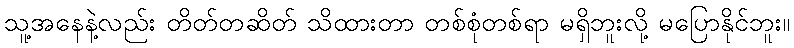
သူ့အနေနဲ့လည်း တိတ်တဆိတ် သိထားတာ တစ်စုံတစ်ရာ မရှိဘူးလို့ မပြောနိုင်ဘူး။